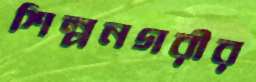
শিল্পনগরীর